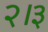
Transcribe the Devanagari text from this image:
२।३